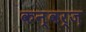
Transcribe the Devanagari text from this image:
कन्वर्ज़